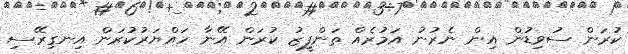
ކުރަން ސުވިޑުން އިން ނެރުނު އަމުރެއް ތަންފީޒު ކުރަން އޭނާ ހައްޔަރުކުރަން އިނގިރޭސި